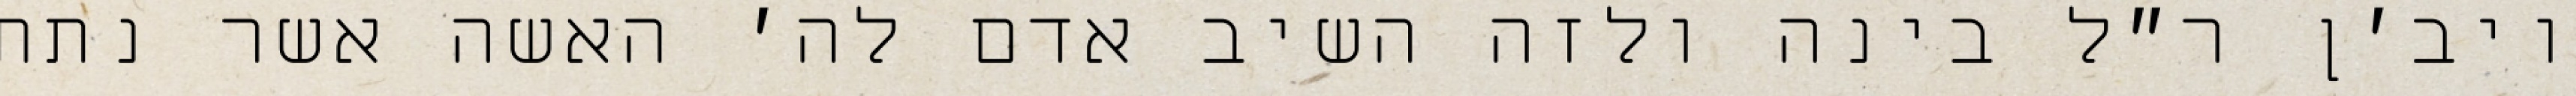
ויב׳ן ר״ל בינה ולזה השיב אדם לה׳ האשה אשר נתת